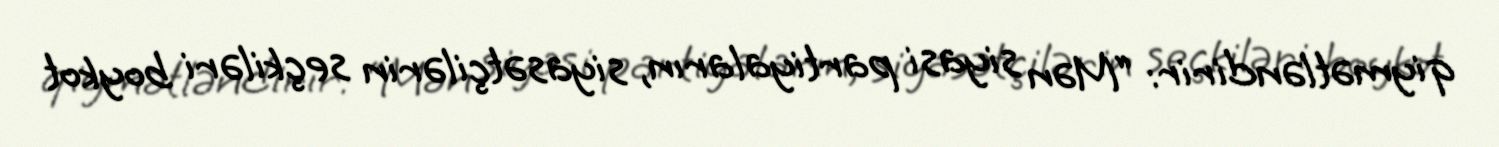
qiymətləndirir: “Mən siyasi partiyaların, siyasətçilərin seçkiləri boykot